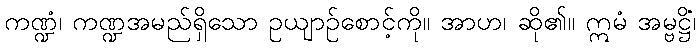
ကဏ္ဍံ၊ ကဏ္ဍအမည်ရှိသော ဥယျာဉ်စောင့်ကို။ အာဟ၊ ဆို၏။ ဣမံ အမ္ဗဋ္ဌိံ၊